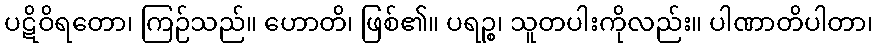
ပဋိဝိရတော၊ ကြဉ်သည်။ ဟောတိ၊ ဖြစ်၏။ ပရဉ္စ၊ သူတပါးကိုလည်း။ ပါဏာတိပါတာ၊